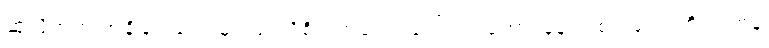
ဆုံလိုက်တဲ့ အချိန်ကလေးမှာ မြင်သိစိတ်ကလေး ပေါ်တဲ့သဘော၊ ခုနက စည်လေးကို လက်နဲ့